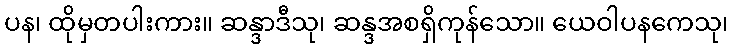
ပန၊ ထိုမှတပါးကား။ ဆန္ဒာဒီသု၊ ဆန္ဒအစရှိကုန်သော။ ယေဝါပနကေသု၊